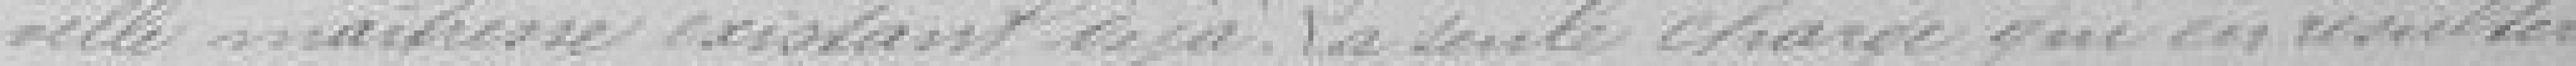
-velle maitresse existant déjà. La seule charge qui en résultera